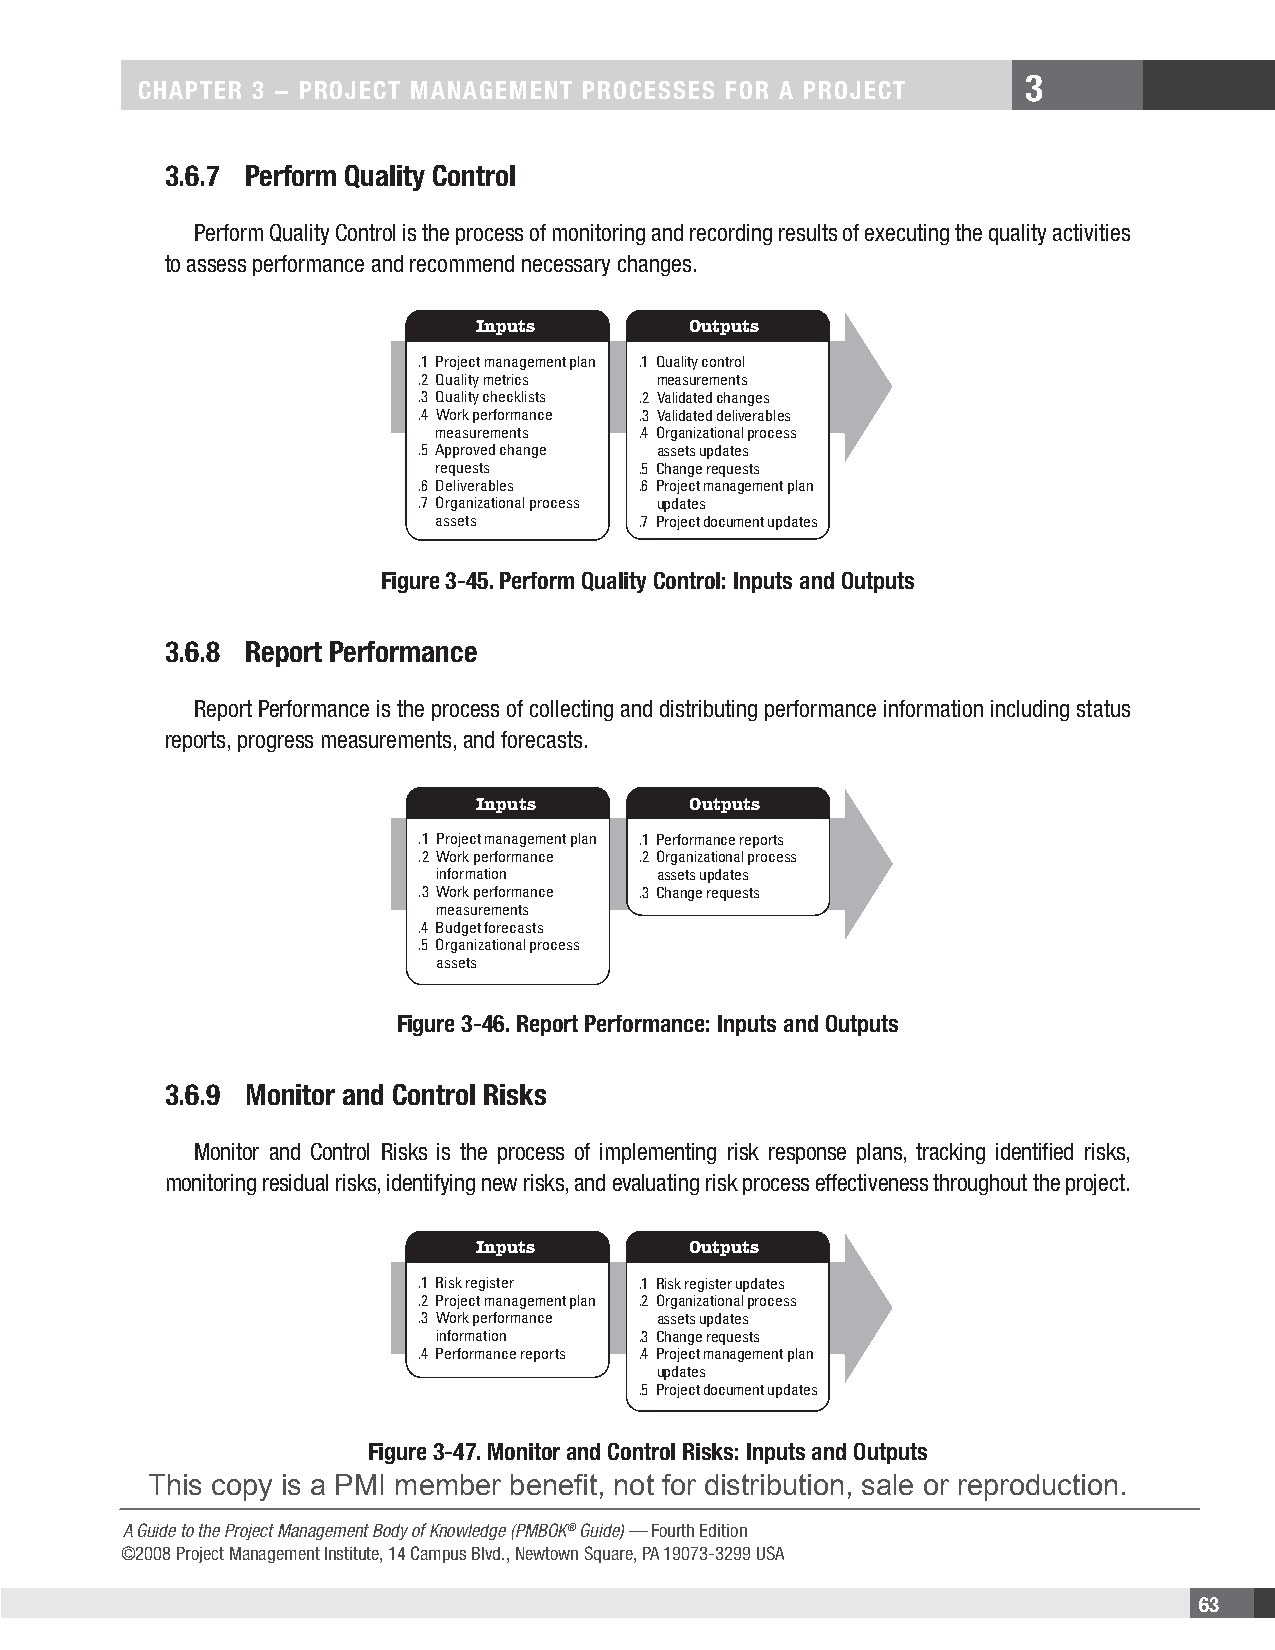
3
 CHAPTER 3 − PROJECT MANAGEMENT PROCESSES FOR A PROJECT
 3.6.7 Perform Quality Control
 Perform Quality Control is the process of monitoring and recording results of executing the quality activities
 to assess performance and recommend necessary changes.
 Inputs        Outputs
 .1 Project management plan .1 Quality control
 .2 Quality metrics measurements
 .3 Quality checklists .2 Validated changes
 .4 Work performance .3 Validated deliverables
 measurements .4 Organizational process
 .5 Approved change assets updates
 requests     .5 Change requests
 .6 Deliverables .6 Project management plan
 .7 Organizational process updates
 assets       .7 Project document updates
 Figure 3-45. Perform Quality Control: Inputs and Outputs
 3.6.8 Report Performance
 Report Performance is the process of collecting and distributing performance information including status
 reports, progress measurements, and forecasts.
 Inputs        Outputs
 .1 Project management plan .1 Performance reports
 .2 Work performance .2 Organizational process
 information    assets updates
 .3 Work performance .3 Change requests
 measurements
 .4 Budget forecasts
 .5 Organizational process
 assets
 Figure 3-46. Report Performance: Inputs and Outputs
 3.6.9 Monitor and Control Risks
 Monitor and Control Risks is the process of implementing risk response plans, tracking identified risks,
 monitoring residual risks, identifying new risks, and evaluating risk process effectiveness throughout the project.
 Inputs        Outputs
 .1 Risk register .1 Risk register updates
 .2 Project management plan .2 Organizational process
 .3 Work performance assets updates
 information  .3 Change requests
 .4 Performance reports .4 Project management plan
 updates
 .5 Project document updates
 Figure 3-47. Monitor and Control Risks: Inputs and Outputs
 This copy is a PMI member benefit, not for distribution, sale or reproduction.
 A Guide to the Project Management Body of Knowledge (PMBOK® Guide) — Fourth Edition
 ©2008 Project Management Institute, 14 Campus Blvd., Newtown Square, PA 19073-3299 USA
 63